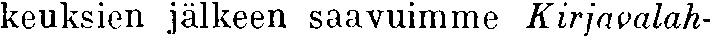
keuksien jälkeen saavuimme Kirjavalah-